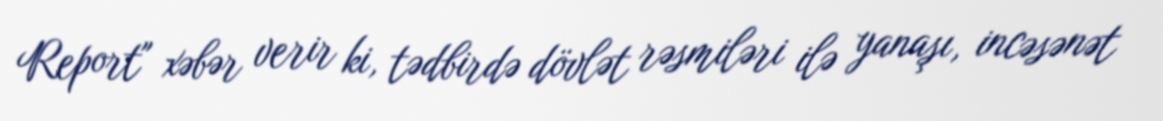
Report" xəbər verir ki, tədbirdə dövlət rəsmiləri ilə yanaşı, incəsənət